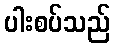
ပါးစပ်သည်